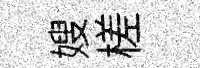
嫂槎